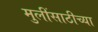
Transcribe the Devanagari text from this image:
मुलींसाठीच्या